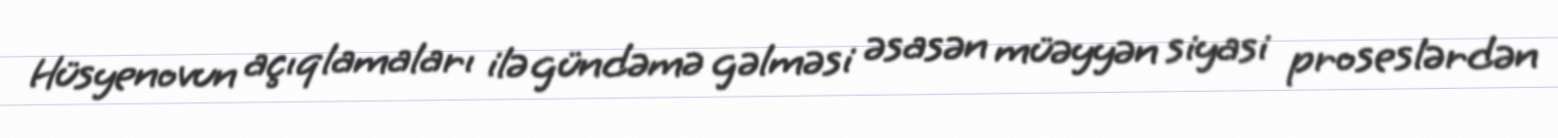
Hüsyenovun açıqlamaları ilə gündəmə gəlməsi əsasən müəyyən siyasi proseslərdən